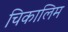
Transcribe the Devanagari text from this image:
चिकालिम